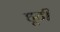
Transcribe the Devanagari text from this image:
हूटी